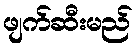
ဖျက်ဆီးမည်